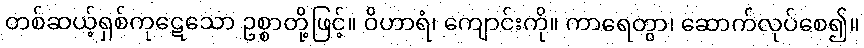
တစ်ဆယ့်ရှစ်ကုဋေသော ဥစ္စာတို့ဖြင့်။ ဝိဟာရံ၊ ကျောင်းကို။ ကာရေတွာ၊ ဆောက်လုပ်စေ၍။